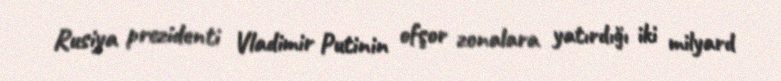
Rusiya prezidenti Vladimir Putinin ofşor zonalara yatırdığı iki milyard